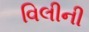
વિલીની